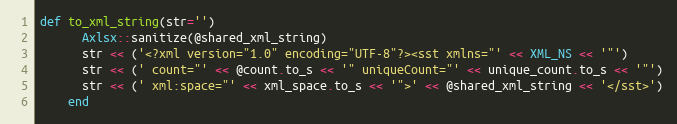
Language: Ruby
def to_xml_string(str='')
      Axlsx::sanitize(@shared_xml_string)
      str << ('<?xml version="1.0" encoding="UTF-8"?><sst xmlns="' << XML_NS << '"')
      str << (' count="' << @count.to_s << '" uniqueCount="' << unique_count.to_s << '"')
      str << (' xml:space="' << xml_space.to_s << '">' << @shared_xml_string << '</sst>')
    end